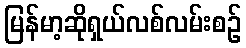
မြန်မာ့ဆိုရှယ်လစ်လမ်းစဉ်